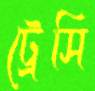
ট্রেসি